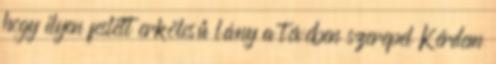
hogy ilyen feslett erkölcsű lány a tévében szerepel Kérdem